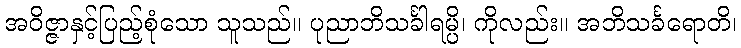
အဝိဇ္ဇာနှင့်ပြည့်စုံသော သူသည်။ ပုညာဘိသင်္ခါရမ္ပိ၊ ကိုလည်း။ အဘိသင်္ခရောတိ၊